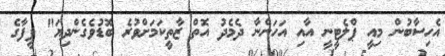
އެހިސާބުން މިއީ ޕްލެޓީނީ އާއި އަހަންނާ ދެމެދު އޮތް ޒާތީކަމަށްވުރެ ބޮޑުވެގެންދިޔަ" ފީފާގެ